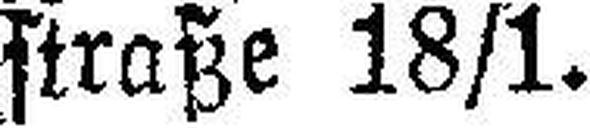
straße 18/1.